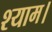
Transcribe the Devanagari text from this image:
श्याम।